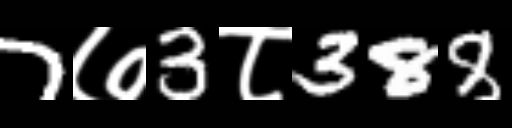
Text: 7७3८388